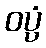
ဝပ္ပံ